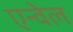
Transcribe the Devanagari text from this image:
एन्वेल